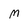
Character: M